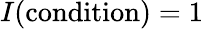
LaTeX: I({\mathrm{condition}})=1